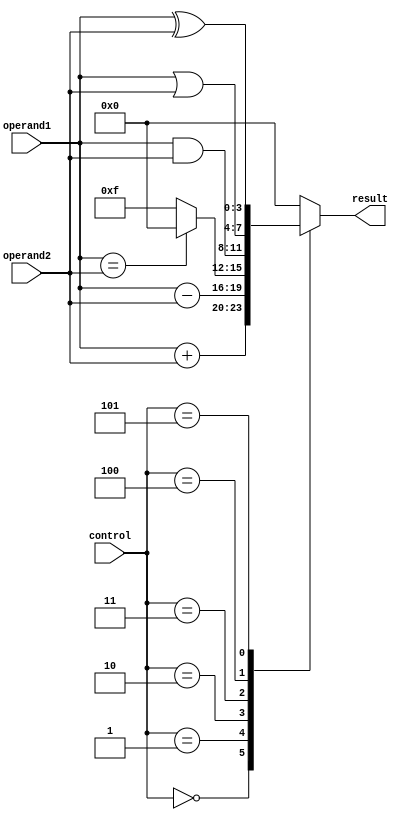
module ALU(
    input [3:0] operand1,
    input [3:0] operand2,
    input [2:0] control,
    output reg [3:0] result
);

always @(*) begin
    case(control)
        3'b000: result = operand1 + operand2; // adder
        3'b001: result = operand1 - operand2; // subtractor
        3'b010: result = (operand1 == operand2) ? 4'b0000 : 4'b1111; // comparator
        3'b011: result = operand1 & operand2; // bitwise AND
        3'b100: result = operand1 | operand2; // bitwise OR
        3'b101: result = operand1 ^ operand2; // bitwise XOR
        default: result = 4'b0000;
    endcase
end

endmodule